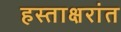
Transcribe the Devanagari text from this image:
हस्ताक्षरांत